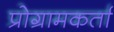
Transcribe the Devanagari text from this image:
प्रोग्रामकर्ता